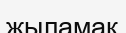
жыламақ